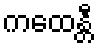
ကထေန္တီ